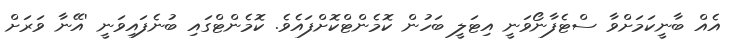
އެއް ބާނީކަމަށްވާ ސްޓެފާނޯވަނީ އިޓަލީ ބަހުން ކޮމެންޓްކޮށްފައެވެ. ކޮމެންޓްގައި ބުނެފައިވަނީ 'އޭނާ ވަރަށް